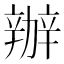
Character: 辦